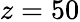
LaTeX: z=50